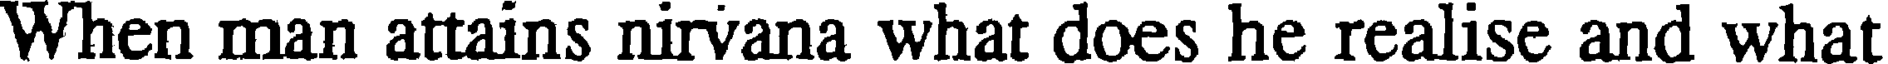
When man attains nirvana what does he realise and what